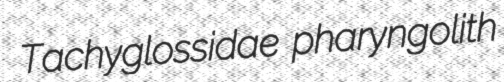
Tachyglossidae pharyngolith